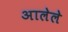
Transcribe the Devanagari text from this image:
अालेले